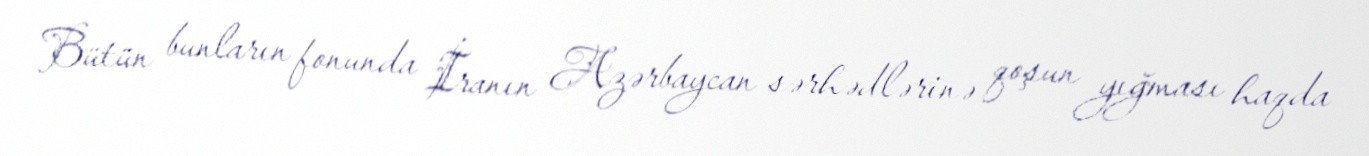
Bütün bunların fonunda İranın Azərbaycan sərhədlərinə qoşun yığması haqda